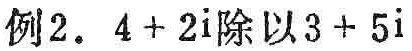
例2. \(4 + 2\mathrm{i}\)除以\(3 + 5\mathrm{i}\)